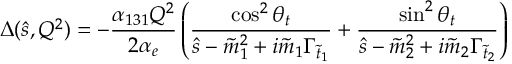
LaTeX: \Delta ( \hat { s } , Q ^ { 2 } ) = - \frac { \alpha _ { 1 3 1 } Q ^ { 2 } } { 2 \alpha _ { e } } \left( \frac { \cos ^ { 2 } \theta _ { t } } { \hat { s } - \tilde { m } _ { 1 } ^ { 2 } + i \tilde { m } _ { 1 } \Gamma _ { \tilde { t } _ { 1 } } } + \frac { \sin ^ { 2 } \theta _ { t } } { \hat { s } - \tilde { m } _ { 2 } ^ { 2 } + i \tilde { m } _ { 2 } \Gamma _ { \tilde { t } _ { 2 } } } \right)